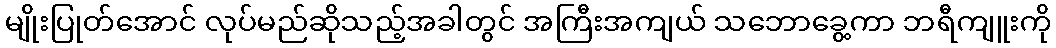
မျိုးပြုတ်အောင် လုပ်မည်ဆိုသည့်အခါတွင် အကြီးအကျယ် သဘောခွေ့ကာ ဘရီကျူးကို